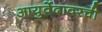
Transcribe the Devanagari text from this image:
आयुर्वेदावरची